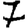
Digit: 7